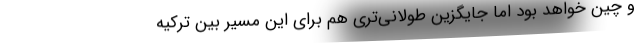
و چین خواهد بود اما جایگزین طولانی‌تری هم برای این مسیر بین ترکیه